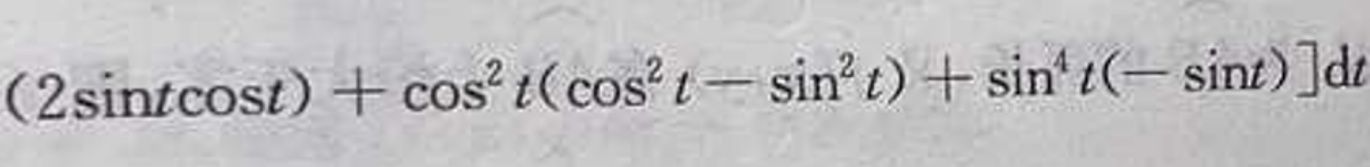
\[ (2\sin t\cos t) + \cos^{2}t(\cos^{2}t - \sin^{2}t) + \sin^{4}t(-\sin t)]\mathrm{d}t \]